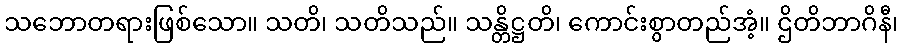
သဘောတရားဖြစ်သော။ သတိ၊ သတိသည်။ သန္တိဋ္ဌတိ၊ ကောင်းစွာတည်အံ့။ ဌိတိဘာဂိနီ၊